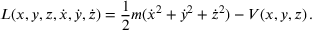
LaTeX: L ( x , y , z , { \dot { x } } , { \dot { y } } , { \dot { z } } ) = { \frac { 1 } { 2 } } m ( { \dot { x } } ^ { 2 } + { \dot { y } } ^ { 2 } + { \dot { z } } ^ { 2 } ) - V ( x , y , z ) \, .